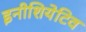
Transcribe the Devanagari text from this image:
इनीशियेटिव